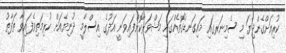
ކުރިއަށްގެންދިޔަ މި ސެމިނަރގައި މައިގަނޑުގޮތެއްގައި މަޝްވަރާކޮށްފައިވަނީ އަދުގެ އިސްލާމީ ދުނިޔެއަށް ކުރިމަތިވެފައިވާ ތަފާތު